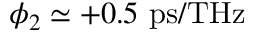
\phi _ { 2 } \simeq + 0 . 5 \ \mathrm { p s / T H z }